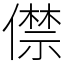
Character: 僸